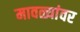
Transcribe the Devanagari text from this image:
मावळ्यांवर